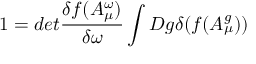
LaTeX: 1 = d e t \frac { \delta f ( A _ { \mu } ^ { \omega } ) } { \delta \omega } \int D g \delta ( f ( A _ { \mu } ^ { g } ) )